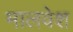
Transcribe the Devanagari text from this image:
मालवेश